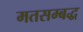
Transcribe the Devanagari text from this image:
मतसम्बद्ध